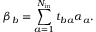
\beta _ { b } = \sum _ { a = 1 } ^ { N _ { \mathrm { i n } } } t _ { b a } \alpha _ { a } .